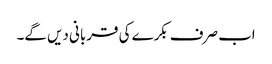
اب صرف بکرے کی قربانی دیں گے۔